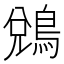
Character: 𪁑